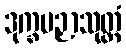
ဒုက္ခပဉှာသုတ္တံ